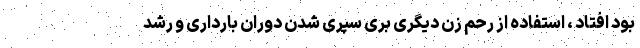
بود افتاد ، استفاده از رحم زن دیگری بری سپری شدن دوران بارداری و رشد